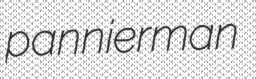
pannierman